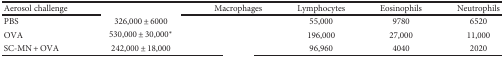
<table><thead><tr><td><b>Aerosol challenge</b></td><td>[EMPTY_CELL]</td><td><b>Macrophages</b></td><td><b>Lymphocytes</b></td><td><b>Eosinophils</b></td><td><b>Neutrophils</b></td></tr></thead><tbody><tr><td>PBS</td><td>326,000 ± 6000</td><td>[EMPTY_CELL]</td><td>55,000</td><td>9780</td><td>6520</td></tr><tr><td>OVA</td><td>530,000 ± 30,000<sup>∗</sup></td><td>[EMPTY_CELL]</td><td>196,000</td><td>27,000</td><td>11,000</td></tr><tr><td>SC-MN + OVA</td><td>242,000 ± 18,000</td><td>[EMPTY_CELL]</td><td>96,960</td><td>4040</td><td>2020</td></tr></tbody></table>